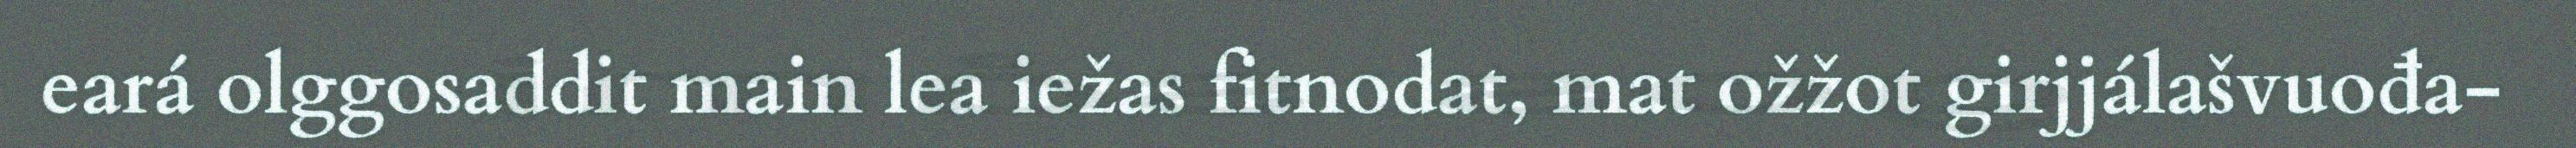
eará olggosaddit main lea iežas fitnodat, mat ožžot girjjálašvuođa-